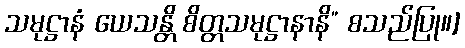
သမုဋ္ဌာနံ ယေသန္တိ စိတ္တသမုဋ္ဌာနာနိ” စသည်ပြု။]